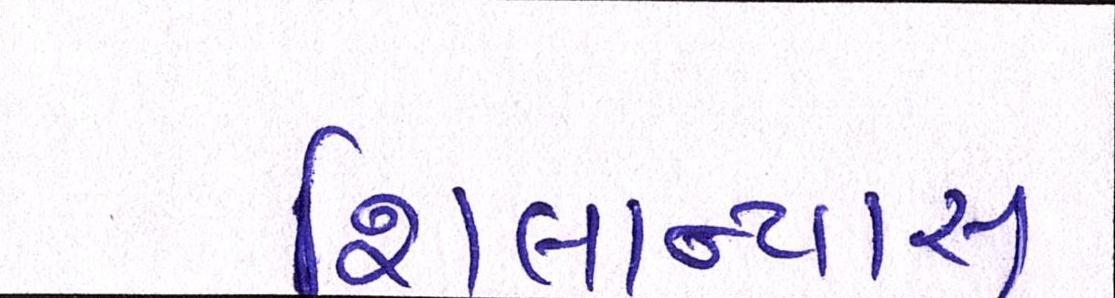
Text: શિલાન્યાસ